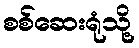
စစ်ဆေးရုံသို့